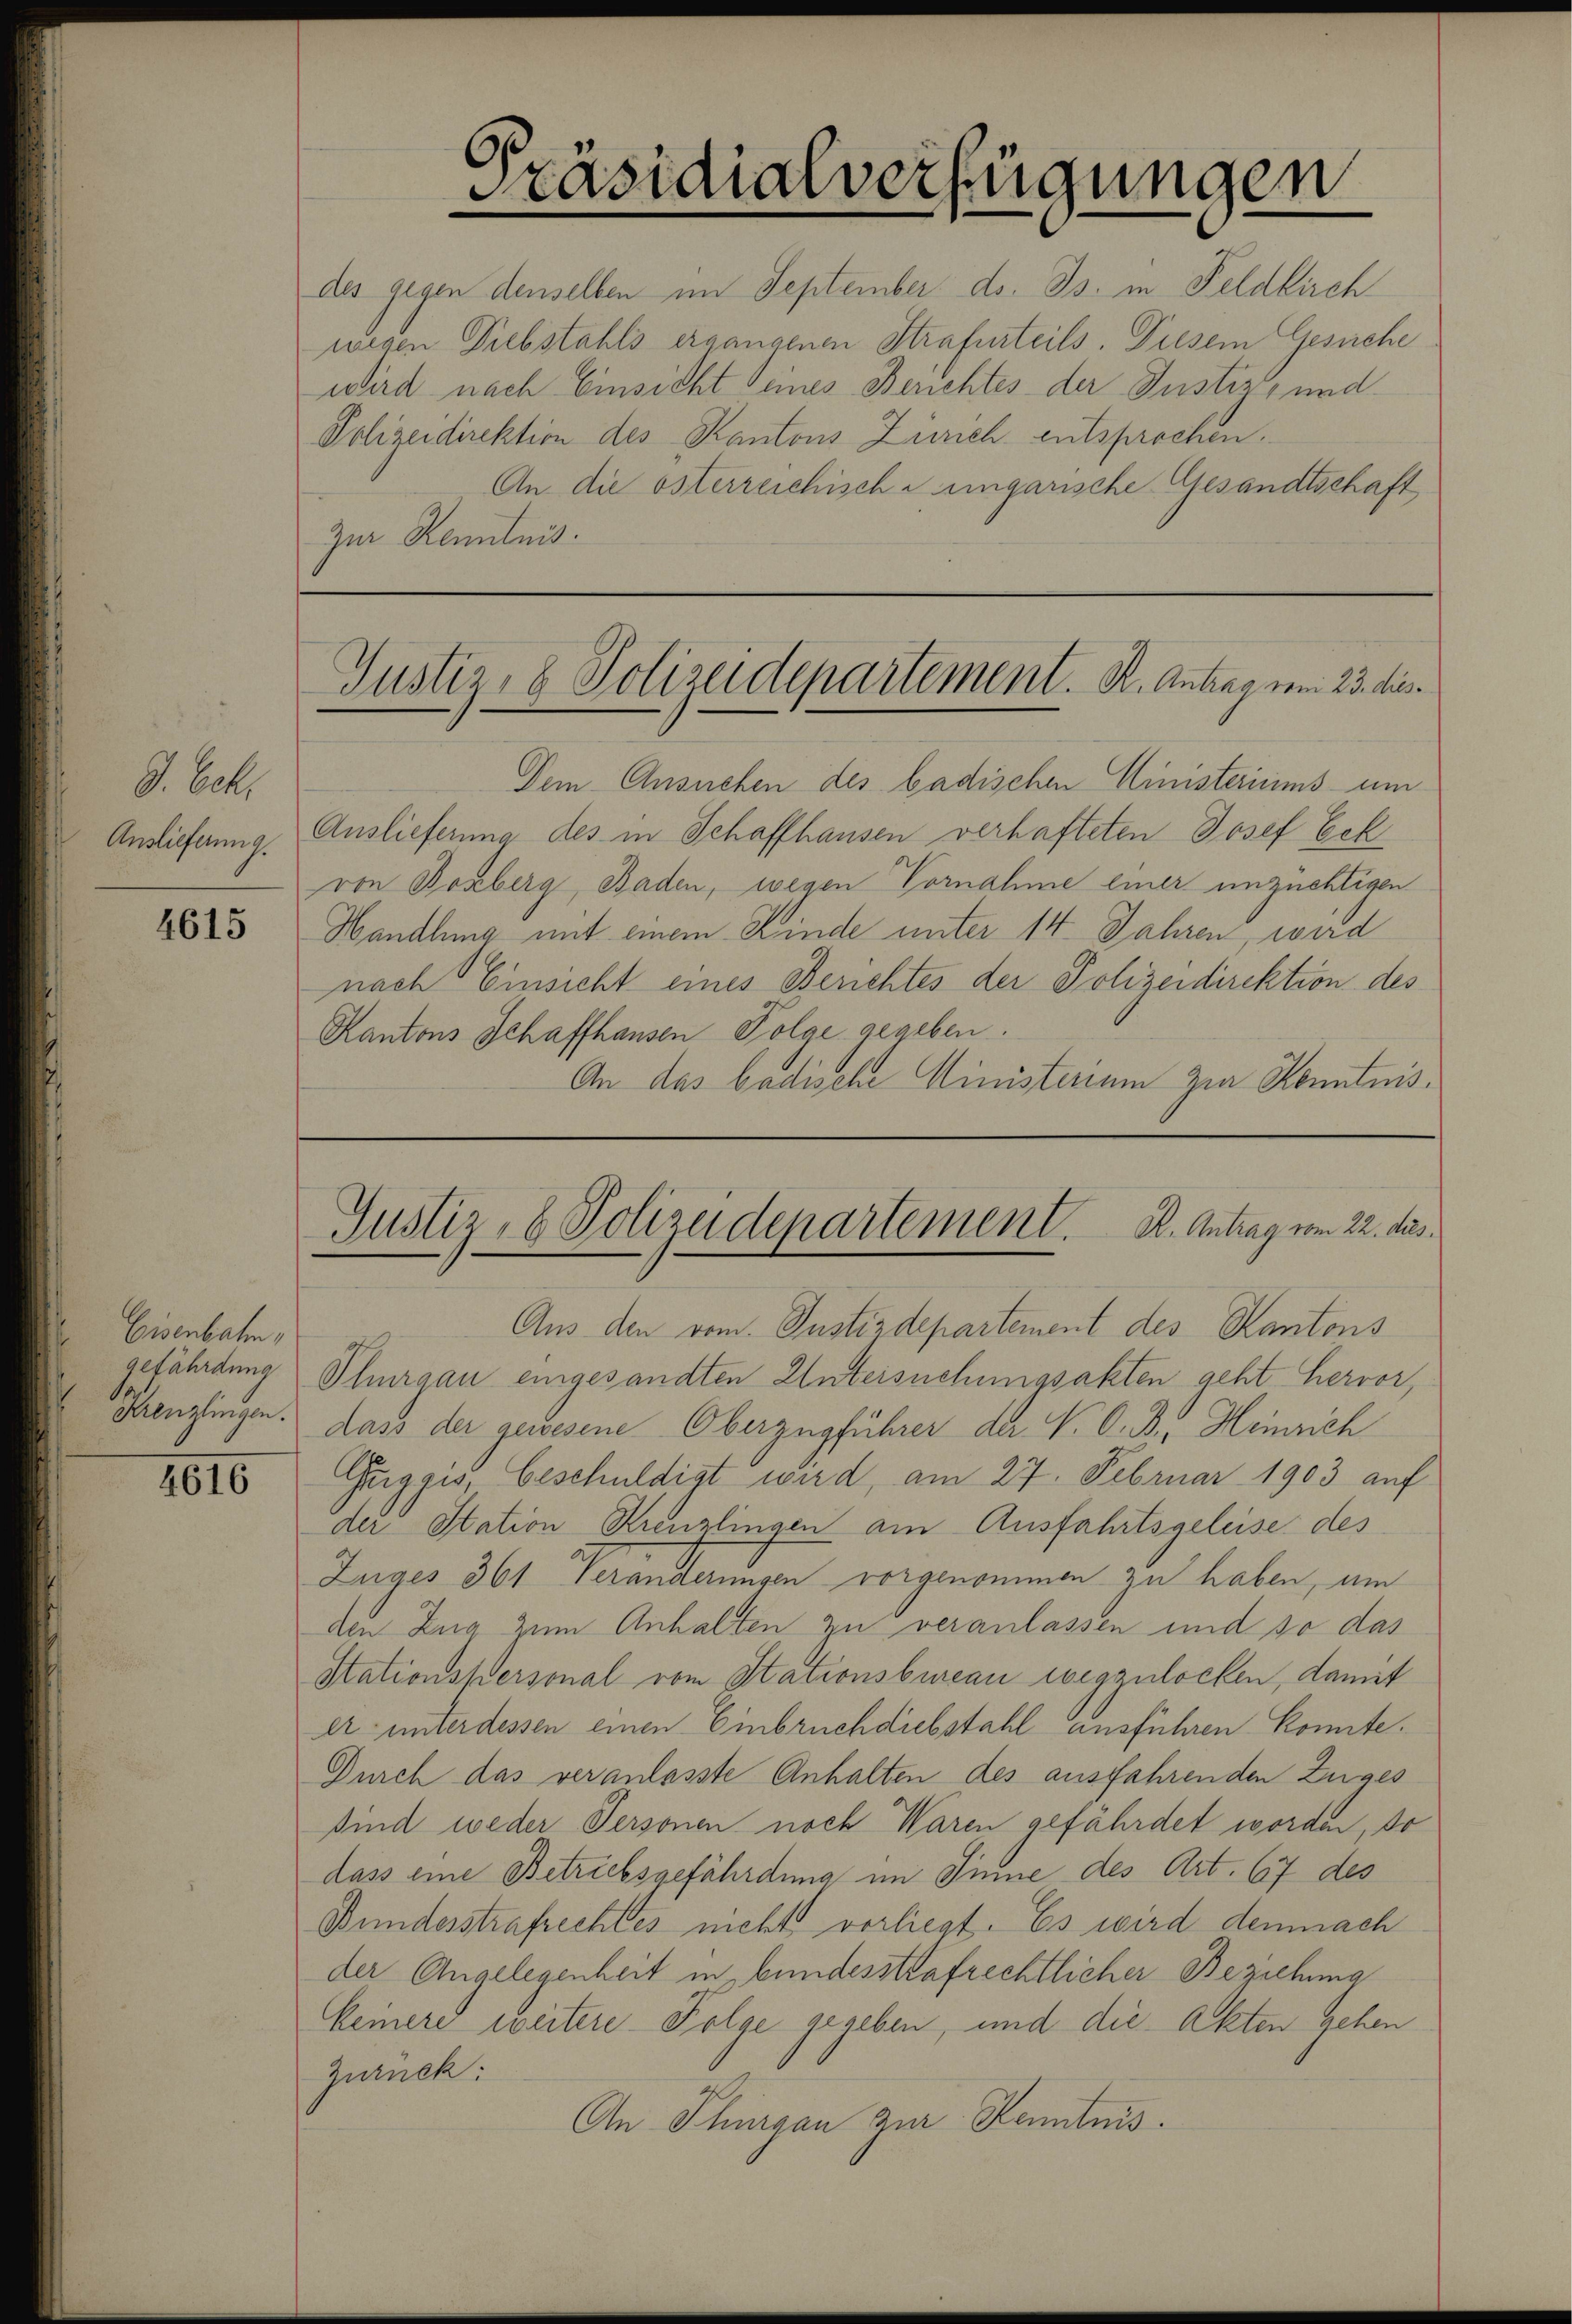
G. bek
Auslieferung.

4615

Eisenbaten,

4616

Präsidialverfügungen

des gegen denselben im September d. Js. in Feldkirch
wegen Diebstahls ergangenen Strafurteils. Diesem Gesuche
wird nach Einsicht seines Berichtes der Justiz- und
Polizeidirektion des Kantons Zürich entsprochen.
An die österreichische ungarische Gesandtschaft
Zur Kenntnis.

Dem Ansuchen des badischen Ministeriums um
Auslieferung des in Schaffhausen verhafteten Josef Eck
von Bonberg, Baden, wegen Vornahme einer unzüchtigen
Handlung mit einem Kinde unter 14 Jahren, wird
nach Einsicht eines Berichtes der Polizeidirektion des
Kantons Schaffhausen Folge gegeben.
An das badische Ministerium zur Kenntnis¬

Justiz- & Polizeidepartement. K. Antrag vom 23. dies

Justiz- & Polizeidepartement. B. Antrag vom 22. Aus¬
Aus den vom Justizdepartement des Kantons

gefährdung Thurgau eingesandten Untersuchungsakten geht hervor,
Thenzlingen. Dass der gewesene Oberzugführer der V. O. B. Heinrich
Guiggis, beschuldigt wird, am 27. Februar 1903 auf
der Station Kreuzlingen am Ausfahrtsgeleise des
Zuiges 361 Veränderungen vorgenommen zu haben, um
den Zug zum Anhalten zu veranlassen und so das
Stationspersonal vom Stationsbureau wegzulocken, damit
et unter dessen einen Einbruch diebstahl ausführen konnte.
Durch das veranlasste Anhalten des ausfahrenden Zuges
sind weder Personen noch Waren gefährdet worden, so
dass eine Betriebsgefährdung im Sinne des Art. 67 des
Bundesstrafrechtes nicht vorliegt. Es wird demnach
der Angelegenheit in bundesstrafrechtlicher Beziehung
keiners weitere Folge gegeben, und die Akten gehen
Zurück:
An Thurgau zur Kenntnis.